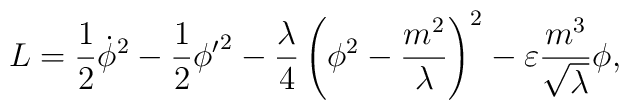
L = \frac{1}{2} {\dot {\phi}}^2 - \frac{1}{2}{{\phi}'}^2 - \frac{\lambda} {4}\left(\phi ^2 - \frac{m^2}{\lambda}\right)^2 - \varepsilon   \frac {m^3}{\sqrt \lambda} \phi,